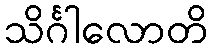
သိင်္ဂါလောတိ